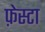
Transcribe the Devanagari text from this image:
फ़ेस्टा